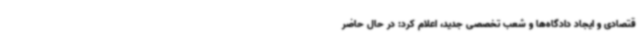
قتصادی و ایجاد دادگاه‌ها و شعب تخصصی جدید، اعلام کرد: در حال حاضر